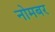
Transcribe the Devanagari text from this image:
नोमबर